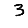
Digit: 3